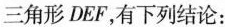
三角形DEF，有下列结论：